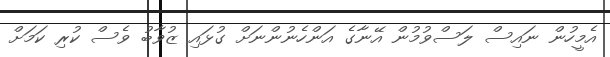
އެމީހުން ނައިސް ލަސްވުމުން އޭނާގެ އަންހެނުންނަށް ގުޅައި ޒުވާބު ވެސް ކުރި ކަމަށް